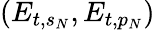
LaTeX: (E_{t,s_{N}},E_{t,p_{N}})